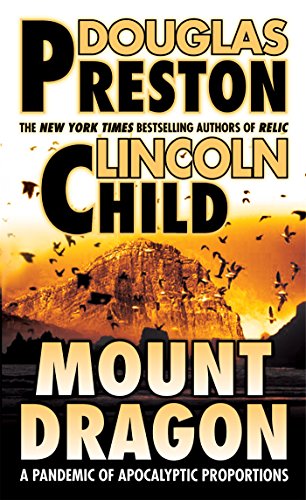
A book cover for Mount Dragon; Douglas Preston; Mystery, Thriller & Suspense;